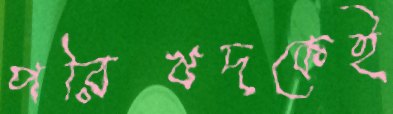
পরিষদকেই